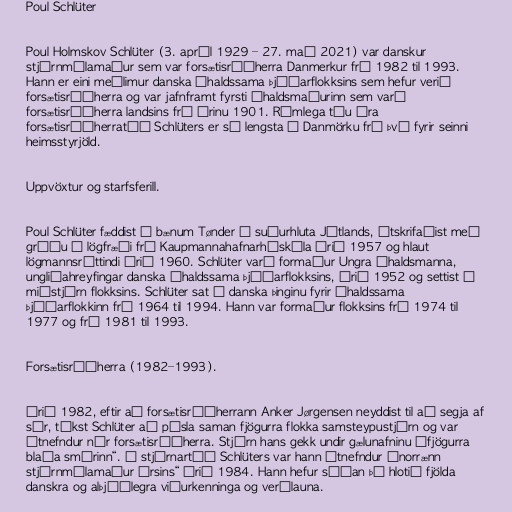
Poul Schlüter

Poul Holmskov Schlüter (3. apríl 1929 – 27. maí 2021) var danskur
stjórnmálamaður sem var forsætisráðherra Danmerkur frá 1982 til 1993.
Hann er eini meðlimur danska Íhaldssama þjóðarflokksins sem hefur verið
forsætisráðherra og var jafnframt fyrsti íhaldsmaðurinn sem varð
forsætisráðherra landsins frá árinu 1901. Rúmlega tíu ára
forsætisráðherratíð Schlüters er sú lengsta í Danmörku frá því fyrir seinni
heimsstyrjöld.

Uppvöxtur og starfsferill.

Poul Schlüter fæddist í bænum Tønder í suðurhluta Jótlands, útskrifaðist með
gráðu í lögfræði frá Kaupmannahafnarháskóla árið 1957 og hlaut
lögmannsréttindi árið 1960. Schlüter varð formaður Ungra íhaldsmanna,
ungliðahreyfingar danska Íhaldssama þjóðarflokksins, árið 1952 og settist í
miðstjórn flokksins. Schlüter sat á danska þinginu fyrir Íhaldssama
þjóðarflokkinn frá 1964 til 1994. Hann var formaður flokksins frá 1974 til
1977 og frá 1981 til 1993.

Forsætisráðherra (1982–1993).

Árið 1982, eftir að forsætisráðherrann Anker Jørgensen neyddist til að segja af
sér, tókst Schlüter að púsla saman fjögurra flokka samsteypustjórn og var
útnefndur nýr forsætisráðherra. Stjórn hans gekk undir gælunafninu „fjögurra
blaða smárinn“. Á stjórnartíð Schlüters var hann útnefndur „norrænn
stjórnmálamaður ársins“ árið 1984. Hann hefur síðan þá hlotið fjölda
danskra og alþjóðlegra viðurkenninga og verðlauna.